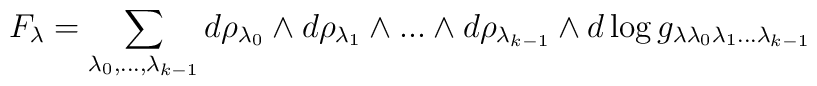
F_\lambda =\sum _{\lambda _0 ,...,\lambda _{k-1}}d\rho _{\lambda _0}\wedge d\rho _{\lambda _1}\wedge ...\wedge d\rho _{\lambda _{k-1}}\wedge d\log g_{\lambda \lambda _0\lambda _1 ...\lambda _{k-1}}